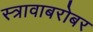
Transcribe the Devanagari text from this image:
स्त्रावाबरोबर